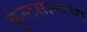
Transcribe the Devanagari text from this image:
कुंस्टसामलंग